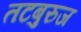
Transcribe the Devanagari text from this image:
तटबुरुज